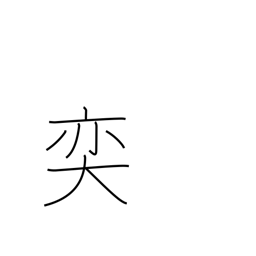
Meaning: large